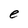
Character: e